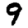
Digit: 9